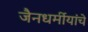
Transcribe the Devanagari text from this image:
जैनधर्मीयांचे